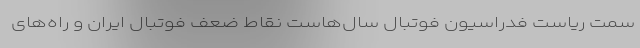
سمت ریاست فدراسیون فوتبال سال‌هاست نقاط ضعف فوتبال ایران و راه‌های